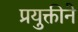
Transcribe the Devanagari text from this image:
प्रयुक्तीने